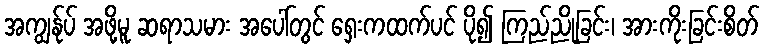
အကျွန်ုပ် အဖို့မူ ဆရာသမား အပေါ်တွင် ရှေးကထက်ပင် ပို၍ ကြည်ညိုခြင်း၊ အားကိုးခြင်းစိတ်